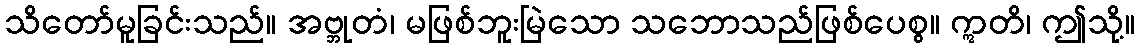
သိတော်မူခြင်းသည်။ အဗ္ဘုတံ၊ မဖြစ်ဘူးမြဲသော သဘောသည်ဖြစ်ပေစွ။ ဣတိ၊ ဤသို့။